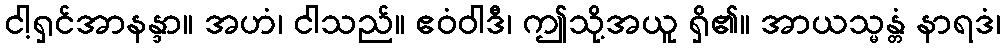
ငါ့ရှင်အာနန္ဒာ။ အဟံ၊ ငါသည်။ ဧဝံဝါဒီ၊ ဤသို့အယူ ရှိ၏။ အာယသ္မန္တံ နာရဒံ၊